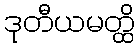
ဒုတီယမတ္ထိ